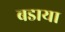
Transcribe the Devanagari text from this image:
बडाया